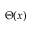
\Theta ( x )